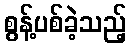
စွန့်ပစ်ခဲ့သည့်